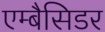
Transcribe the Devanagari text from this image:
एम्बैसिडर